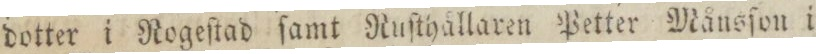
dotter i Rogeſtad ſamt Ruſthållaren Petter Måusſon i